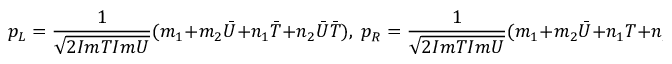
{ p _ { L } } = \frac { 1 } { \sqrt { 2 I m T I m U } } ( m _ { 1 } + m _ { 2 } { \bar { U } } + n _ { 1 } { \bar { T } } + n _ { 2 } { \bar { U } } { \bar { T } } ) , \; p _ { R } = \frac { 1 } { \sqrt { 2 I m T I m U } } ( m _ { 1 } + m _ { 2 } { \bar { U } } + n _ { 1 } T + n _ { 2 } T { \bar { U } } ) ,